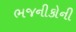
ભજનીકોની